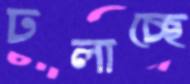
ঢলাচ্ছে